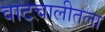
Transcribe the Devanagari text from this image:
वाटचालीतला